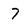
Character: 7